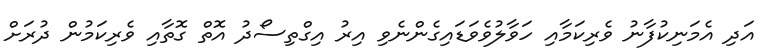
އަދި އެމަނިކުފާނު ވެރިކަމާއި ހަވާލުވެވަޑައިގެންނެވި އިރު އިގްތިސޯދު އޮތް ގޮތާއި ވެރިކަމުން ދުރަށް